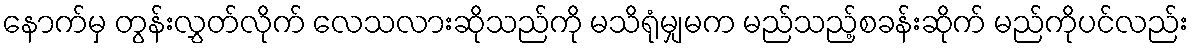
နောက်မှ တွန်းလွှတ်လိုက် လေသလားဆိုသည်ကို မသိရုံမျှမက မည်သည့်စခန်းဆိုက် မည်ကိုပင်လည်း